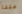
عننا